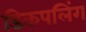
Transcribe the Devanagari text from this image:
डिकपलिंग